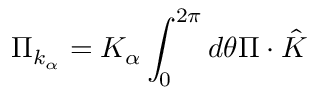
\Pi _ { k _ { \alpha } } = K _ { \alpha } \int _ { 0 } ^ { 2 \pi } d \theta \Pi \cdot \hat { K }